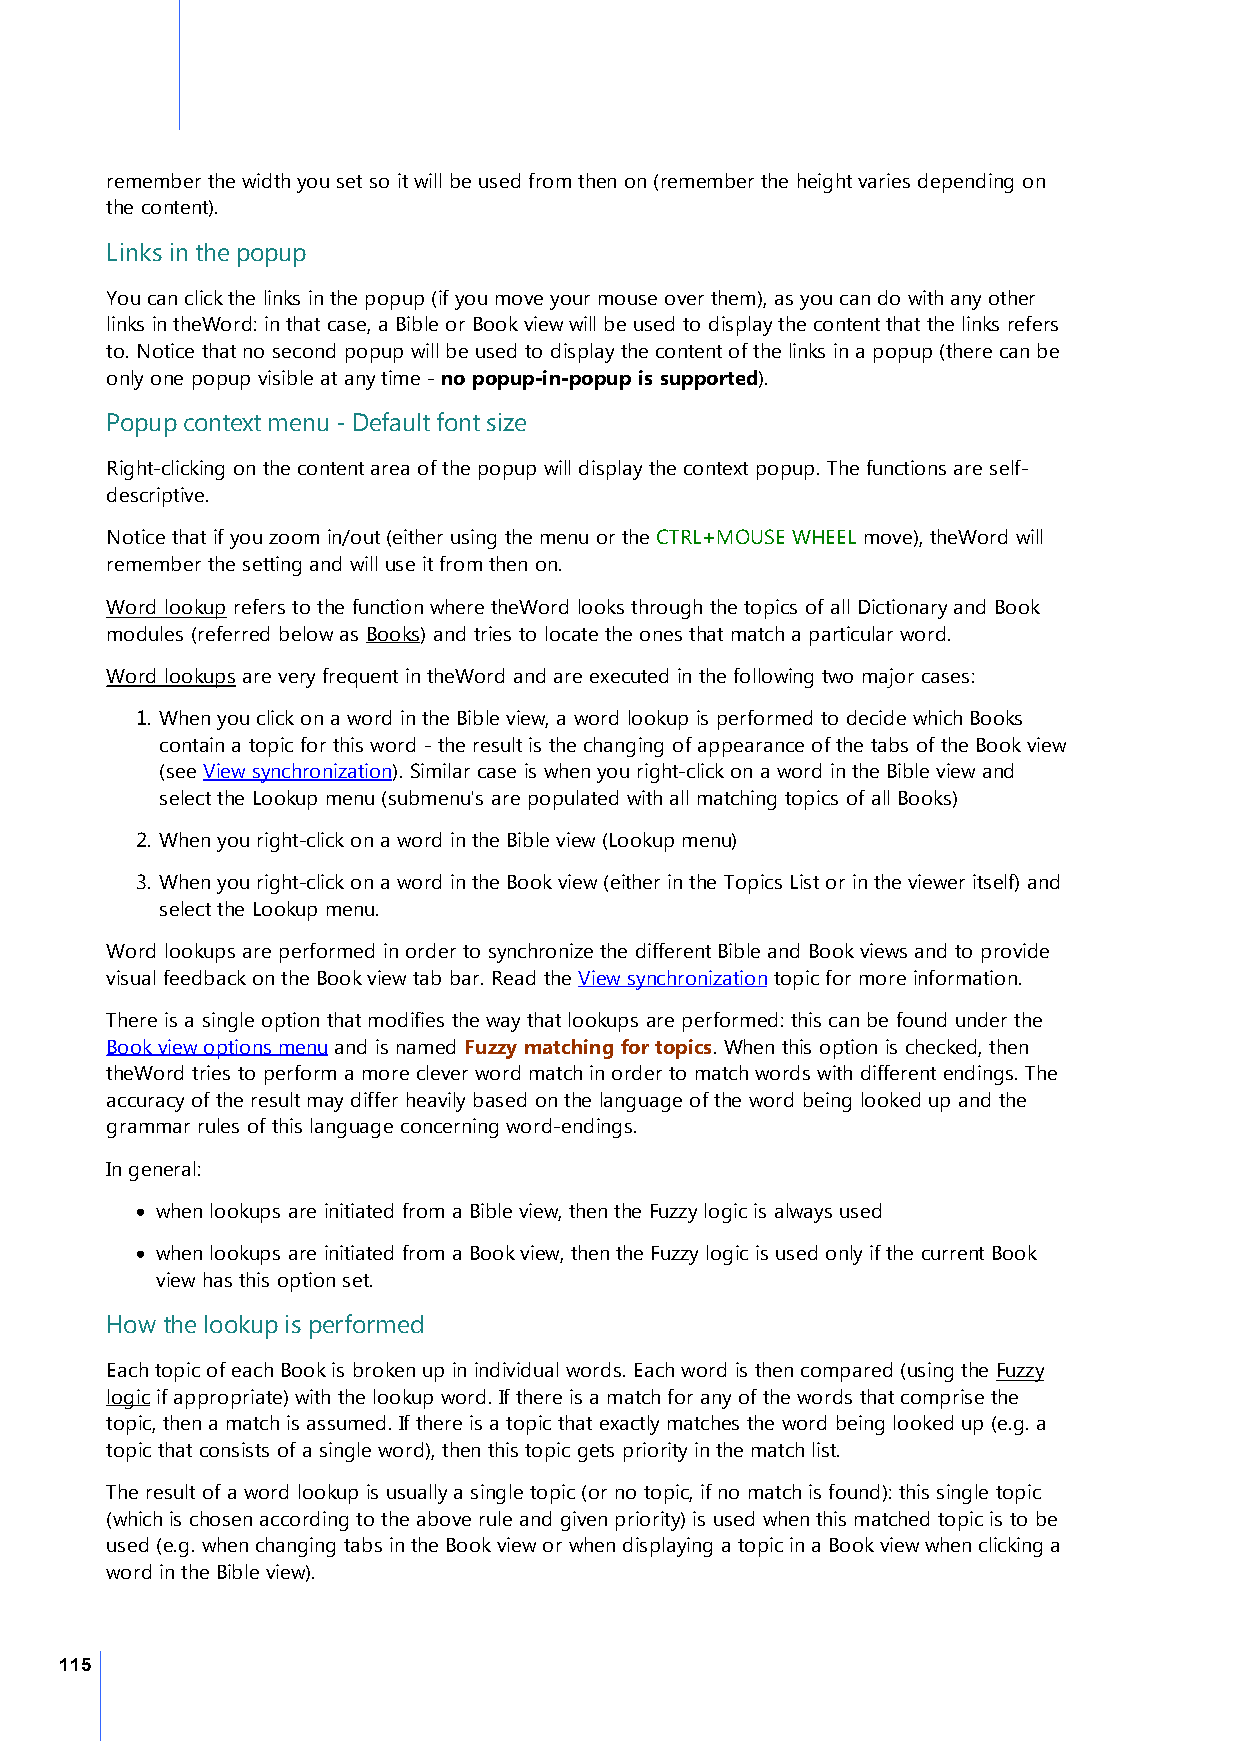
remember the width you set so it will be used from then on (remember the height varies depending on
 the content).
 Links in the popup
 You can click the links in the popup (if you move your mouse over them), as you can do with any other
 links in theWord: in that case, a Bible or Book view will be used to display the content that the links refers
 to. Notice that no second popup will be used to display the content of the links in a popup (there can be
 only one popup visible at any time - no popup-in-popup is supported).
 Popup context menu - Default font size
 Right-clicking on the content area of the popup will display the context popup. The functions are self-
 descriptive.
 Notice that if you zoom in/out (either using the menu or the CTRL+MOUSE WHEEL move), theWord will
 remember the setting and will use it from then on.
 Word lookup refers to the function where theWord looks through the topics of all Dictionary and Book
 modules (referred below as Books) and tries to locate the ones that match a particular word.
 Word lookups are very frequent in theWord and are executed in the following two major cases:
 1. When you click on a word in the Bible view, a word lookup is performed to decide which Books
 contain a topic for this word - the result is the changing of appearance of the tabs of the Book view
 (see View synchronization). Similar case is when you right-click on a word in the Bible view and
 select the Lookup menu (submenu's are populated with all matching topics of all Books)
 2. When you right-click on a word in the Bible view (Lookup menu)
 3. When you right-click on a word in the Book view (either in the Topics List or in the viewer itself) and
 select the Lookup menu.
 Word lookups are performed in order to synchronize the different Bible and Book views and to provide
 visual feedback on the Book view tab bar. Read the View synchronization topic for more information.
 There is a single option that modifies the way that lookups are performed: this can be found under the
 Book view options menu and is named Fuzzy matching for topics. When this option is checked, then
 theWord tries to perform a more clever word match in order to match words with different endings. The
 accuracy of the result may differ heavily based on the language of the word being looked up and the
 grammar rules of this language concerning word-endings.
 In general:
 · when lookups are initiated from a Bible view, then the Fuzzy logic is always used
 · when lookups are initiated from a Book view, then the Fuzzy logic is used only if the current Book
 view has this option set.
 How the lookup is performed
 Each topic of each Book is broken up in individual words. Each word is then compared (using the Fuzzy
 logic if appropriate) with the lookup word. If there is a match for any of the words that comprise the
 topic, then a match is assumed. If there is a topic that exactly matches the word being looked up (e.g. a
 topic that consists of a single word), then this topic gets priority in the match list.
 The result of a word lookup is usually a single topic (or no topic, if no match is found): this single topic
 (which is chosen according to the above rule and given priority) is used when this matched topic is to be
 used (e.g. when changing tabs in the Book view or when displaying a topic in a Book view when clicking a
 word in the Bible view).
 115